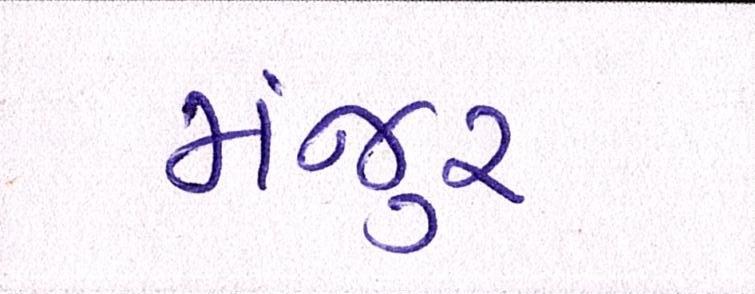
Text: મંજુર